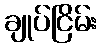
ချုပ်ငြိမ်း